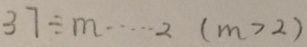
3 . 7 \div m \cdots 2 ( m > 2 )